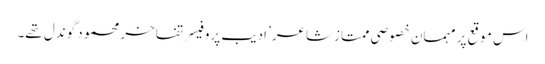
اس موقع پر مہمان خصوصی ممتاز شاعر’ ادیب پروفیسر تفاخر محمود گوندل تھے۔